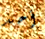
أحد